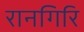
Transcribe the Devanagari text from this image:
रानगिरि